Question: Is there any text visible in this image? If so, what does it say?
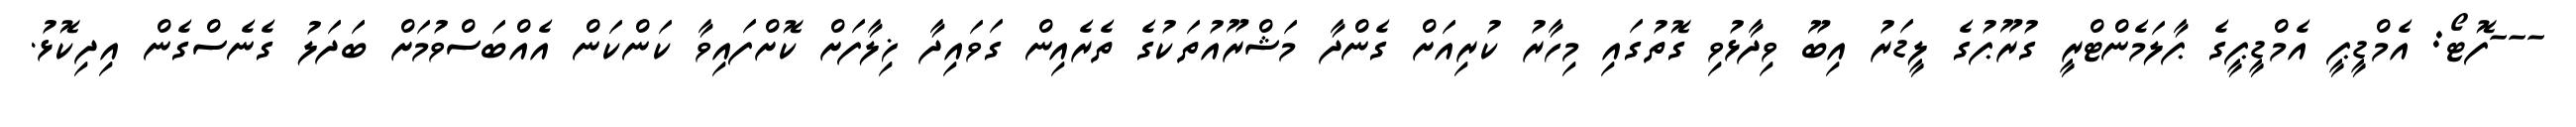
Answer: ---ފޮޓޯ: އެމްޑީޕީ އެމްޑީޕީގެ ޕާލަމެންޓްރީ ގުރޫޕުގެ ލީޑަރު އިބޫ ވިދާޅުވި ގޮތުގައި މިހާރު ކުރިއަށް ގެންދާ މަޝްރޫއުތަކުގެ ތެރެއިން ގަވައިދާ ޚިލާފަށް ކޮށްފައިވާ ކަންކަން އެއްބަސްވުމަށް ބަދަލު ގެނެސްގެން އިދިކޮޅު.